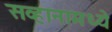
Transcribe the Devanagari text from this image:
सव्हानामध्ये